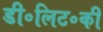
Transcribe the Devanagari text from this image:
डी॰लिट॰की